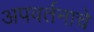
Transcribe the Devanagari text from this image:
अपवर्तनाचे